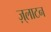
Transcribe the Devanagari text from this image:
ज़्लाटन